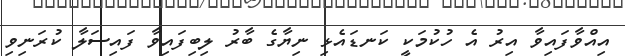
އިއްވާފައިވާ އިރު އެ ހުކުމަކީ ކަނޑައެޅި ނިޔާގެ ބާރު ލިބިފައިވާ ފައިސަލާ ކުރަނިވި